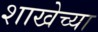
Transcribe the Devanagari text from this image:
शाखेच्‍या